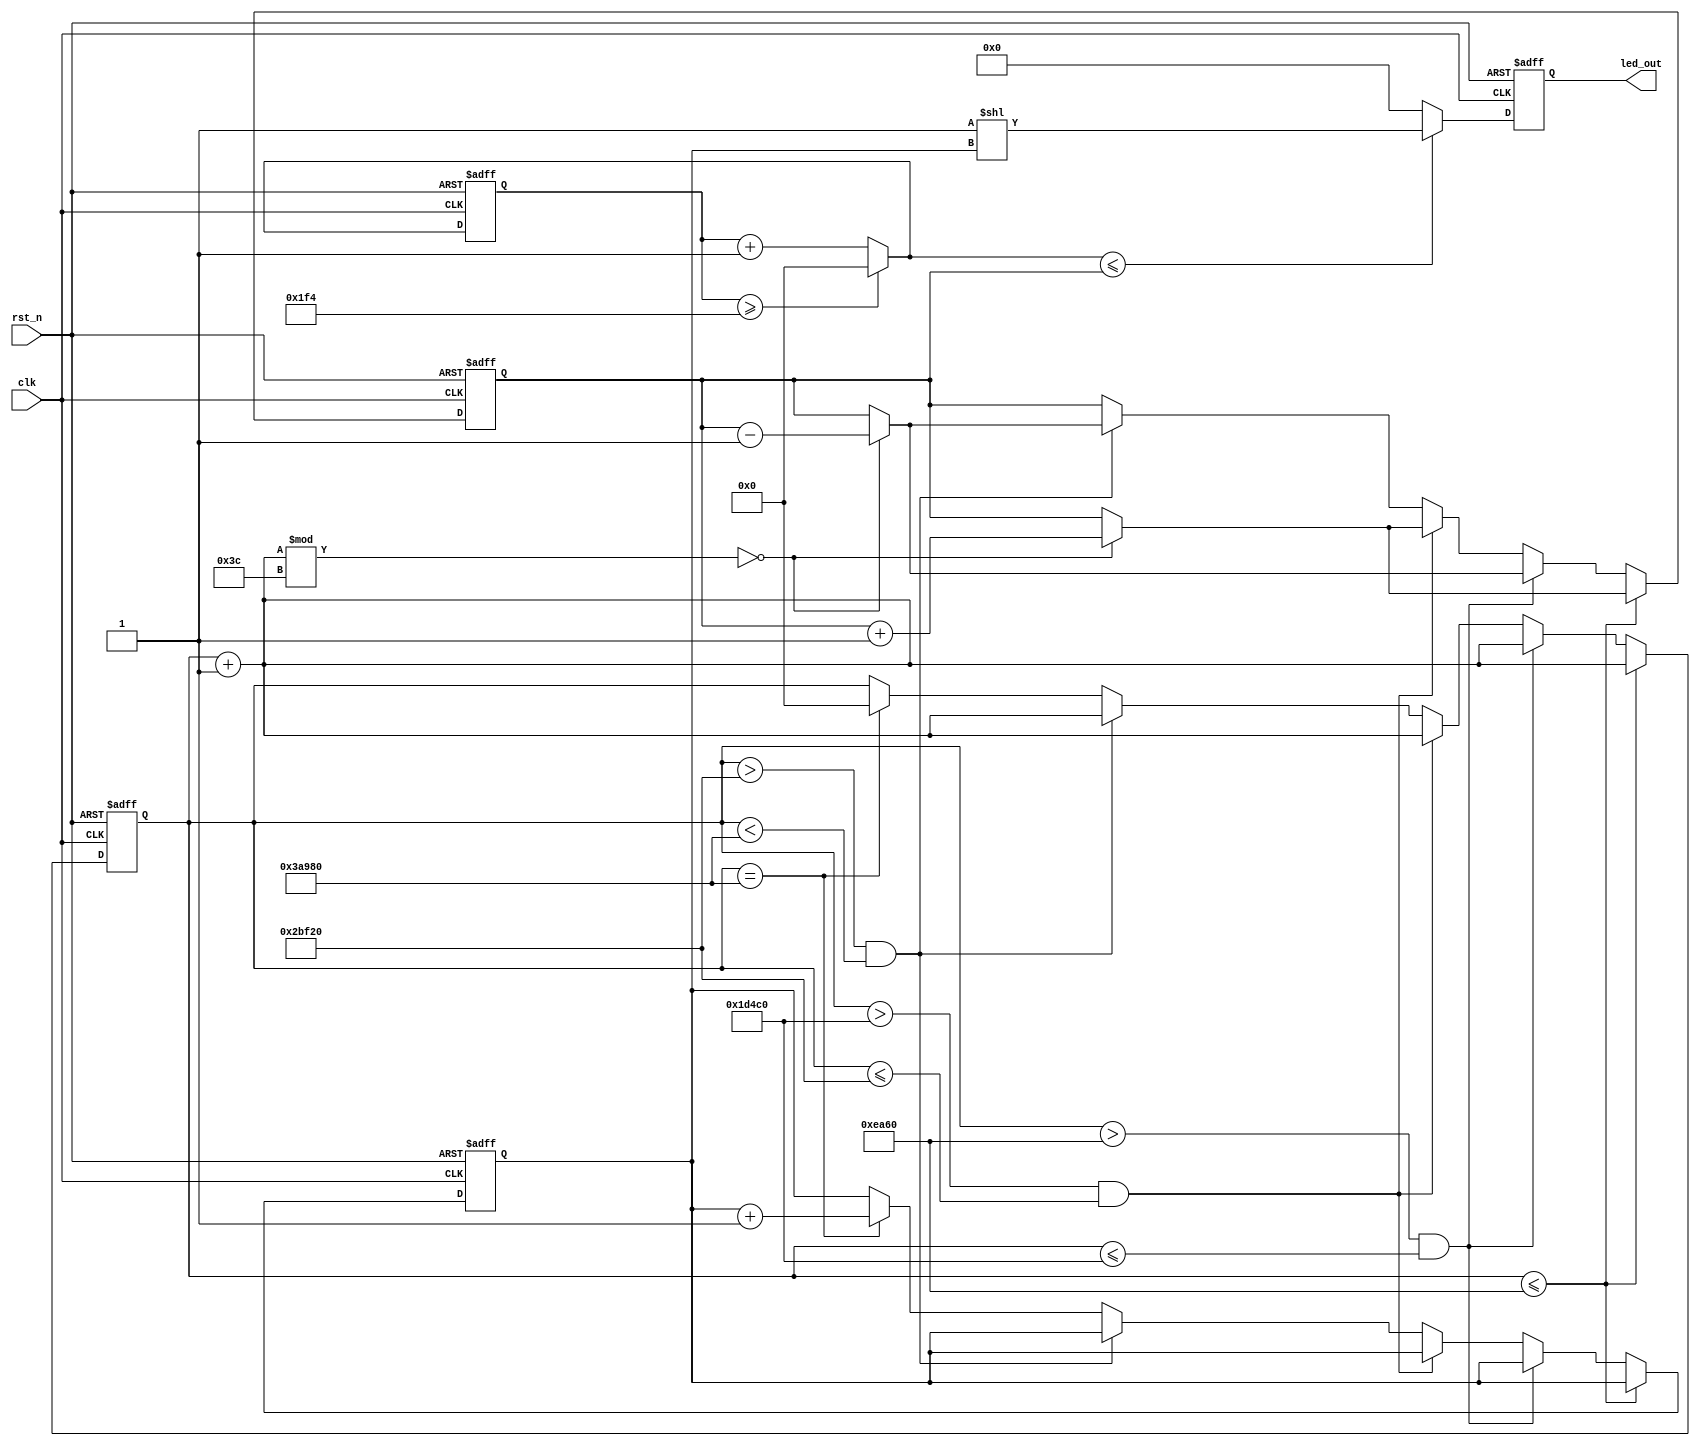
//
//create by siman 2024/3/11

module LED_mode2_driver
#(
    parameter PERIOD = 240000  //1s BASE PERIOD
)
(
    input clk,
    input rst_n,
    output reg [7:0] led_out
);
    reg [31:0] counter = 0; 
    reg [2:0] current_led = 0; 
    
    reg [31:0] duty;
    reg [31:0] duty_counter; 

    always @(posedge clk or negedge rst_n) begin
        if (~rst_n) begin
            duty = 32'd0;
            counter = 12'd0;
            current_led = 8'd0;
        end
        else begin
            if (counter <= PERIOD / 4) begin
                // First PERIOD / 4 cycles, the LED duty cycle increases
                counter = counter + 1;
                if(counter % 60 == 0) begin
                    duty = duty + 1;
                end
            end
            else if (counter > PERIOD / 4 && counter <= PERIOD / 2) begin
                // The next PERIOD / 4 cycles, the LED duty cycle decreases
                counter = counter + 1;
                if(counter % 60 == 0) begin
                    duty = duty - 1;
                end
            end
            else if (counter > PERIOD / 2 && counter <= PERIOD / 4 * 3) begin
                // The next PERIOD / 4 cycles, the LED duty cycle increases
                counter = counter + 1;
                if(counter % 60 == 0) begin
                    duty = duty + 1;
                end
            end
            else if (counter > PERIOD / 4 * 3 && counter < PERIOD) begin
                // The next PERIOD / 4 cycles, the LED duty cycle decreases
                counter = counter + 1;
                if(counter % 60 == 0) begin
                    duty = duty - 1;
                end
            end
            else if (counter == PERIOD) begin
                counter = 32'd0;
                current_led = current_led + 1;
            end

        end
    end

    always @(posedge clk or negedge rst_n) begin
        if(~rst_n)begin
            led_out = 8'b0000_0000;
            duty_counter = 32'd0;
        end
        else begin
            duty_counter = duty_counter >= PERIOD / 8 / 60  ? 0 : duty_counter + 1;
            led_out = (duty_counter <= duty) ? (1 << current_led) : (8'b0000_0000); 
        end
    end
endmodule